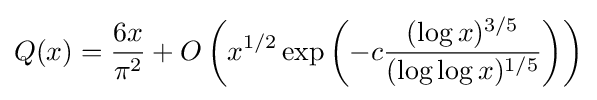
Q(x)={\frac {6x}{\pi ^{2}}}+O\left(x^{1/2}\exp \left(-c{\frac {(\log x)^{3/5}}{(\log \log x)^{1/5}}}\right)\right)